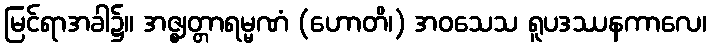
မြင်ရာအခါ၌။ အဇ္ဈတ္တာရမ္မဏံ (ဟောတိ၊) အဝသေသ ရူပဒဿနကာလေ၊